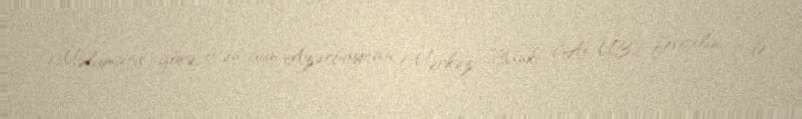
Məlumata görə, ötən gün Azərbaycan Mərkəzi Bankı (AMB) fevralın 1-də